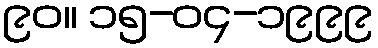
၉၀။ ၁၅-၀၄-၁၉၉၉